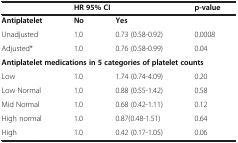
<table><thead><tr><td></td><td colspan="2"><b>HR 95% CI</b></td><td><b>p-value</b></td></tr></thead><tbody><tr><td><b>Antiplatelet</b></td><td><b>No</b></td><td><b>Yes</b></td><td></td></tr><tr><td>Unadjusted</td><td>1.0</td><td>0.73 (0.58-0.92)</td><td>0.0008</td></tr><tr><td>Adjusted*</td><td>1.0</td><td>0.76 (0.58-0.99)</td><td>0.04</td></tr><tr><td colspan="4"><b>Antiplatelet medications in 5 categories of platelet counts</b></td></tr><tr><td>Low</td><td>1.0</td><td>1.74 (0.74-4.09)</td><td>0.20</td></tr><tr><td>Low Normal</td><td>1.0</td><td>0.88 (0.55-1.42)</td><td>0.58</td></tr><tr><td>Mid Normal</td><td>1.0</td><td>0.68 (0.42-1.11)</td><td>0.12</td></tr><tr><td>High normal</td><td>1.0</td><td>0.87(0.48-1.51)</td><td>0.64</td></tr><tr><td>High</td><td>1.0</td><td>0.42 (0.17-1.05)</td><td>0.06</td></tr></tbody></table>